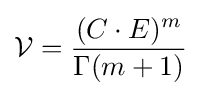
{\mathcal {V}}={\frac {(C\cdot E)^{m}}{\Gamma (m+1)}}